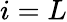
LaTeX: i=L